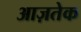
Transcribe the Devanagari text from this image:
आज़तेक